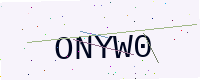
Text: ONYW0